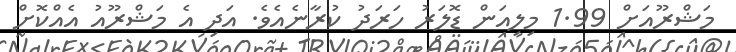
މަޝްރޫއަށް 1.99 މިލިއަން ޑޮލަރު ހަރަދު ކުރާނެއެވެ. އަދި އެ މަޝްރޫއު އެއްކޮށް